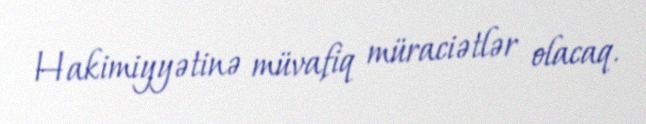
Hakimiyyətinə müvafiq müraciətlər olacaq.